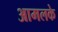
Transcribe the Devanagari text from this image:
आमलके